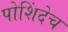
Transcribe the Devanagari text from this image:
पोशिंदेच